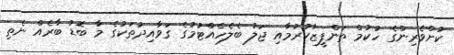
ކުށްވެރިންގެ ހުކުމް ތަންފީޒުކުރުމާއި ޖަލު ބެލެހެއްޓުމުގެ ގަވާއިދުތަކުގެ މާ ބޮޑު ބާރެއް ނެތި